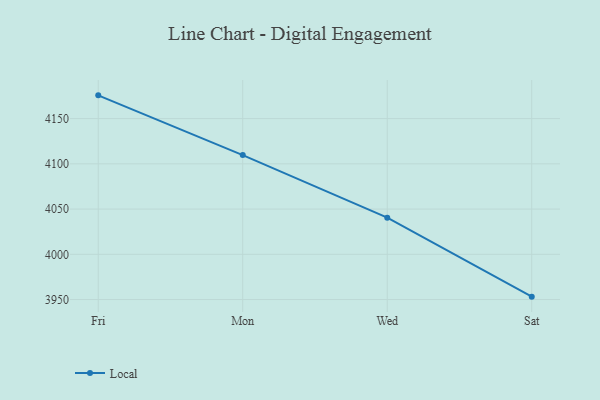
{"axis": {"x": "Day", "y": "Revenue (USD Million)"}, "legend": ["Local"], "data": [{"x": "Fri", "y": 4175.7, "type": "Local"}, {"x": "Mon", "y": 4109.7, "type": "Local"}, {"x": "Wed", "y": 4040.5, "type": "Local"}, {"x": "Sat", "y": 3953.2, "type": "Local"}]}